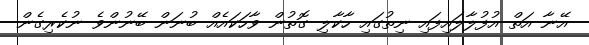
އޭނާ އަތް އުފުލާލައިފައި ނިތުގައި ހާކާލި ގޮތުން ވާހަކައެއް ބުނަން ބޭނުންވެ ނުކެރިގެން